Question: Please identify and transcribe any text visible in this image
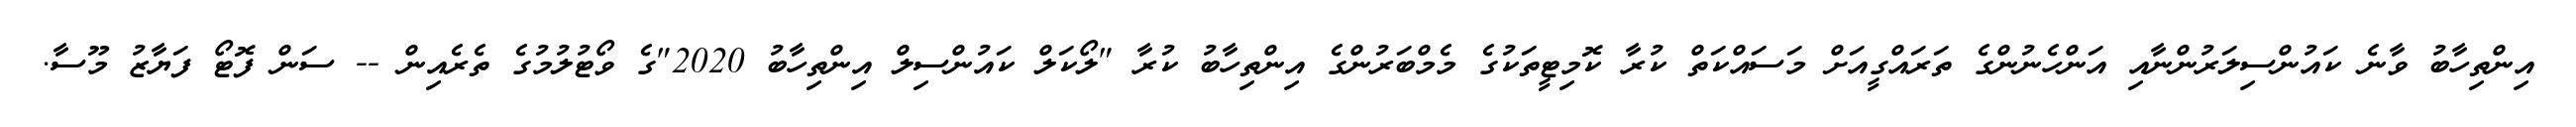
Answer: އިންތިހާބު ވާނެ ކައުންސިލަރުންނާއި އަންހެނުންގެ ތަރައްގީއަށް މަސައްކަތް ކުރާ ކޮމިޓީތަކުގެ މެމްބަރުންގެ އިންތިހާބު ކުރާ "ލޯކަލް ކައުންސިލް އިންތިހާބު 2020"ގެ ވޯޓުލުމުގެ ތެރެއިން -- ސަން ފޮޓޯ ފަޔާޒު މޫސާ.